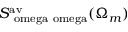
S _ { \mathrm { \ o m e g a \ o m e g a } } ^ { \mathrm { a v } } ( \Omega _ { m } )